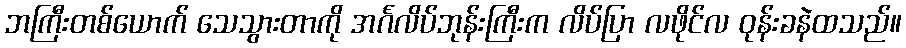
ဘကြီးတစ်ယောက် သေသွားတာကို အင်္ဂလိပ်ဘုန်းကြီးက လိပ်ပြာ လဖိုင်လ ဝုန်းခနဲထသည်။